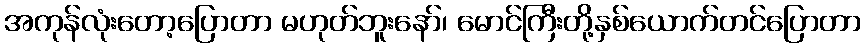
အကုန်လုံးတော့ပြောတာ မဟုတ်ဘူးနော်၊ မောင်ကြီးတို့နှစ်ယောက်တင်ပြောတာ